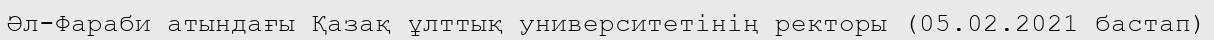
Әл-Фараби атындағы Қазақ ұлттық университетінің ректоры (05.02.2021 бастап)